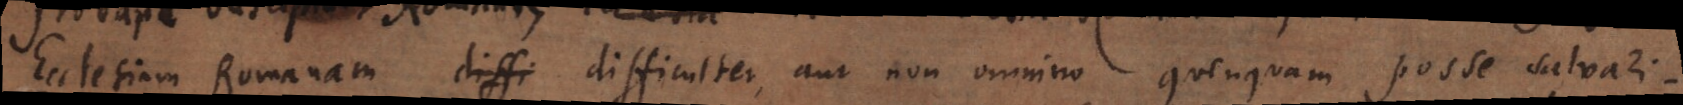
Ecclesiam Romanam diffi difficulter, aut non omnino quenquam posse salvari.